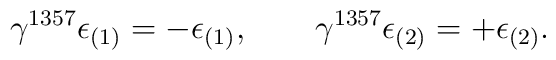
\gamma^{1357}\epsilon_{(1)}=-\epsilon_{(1)} , \qquad   \gamma^{1357}\epsilon_{(2)}=+\epsilon_{(2)} .